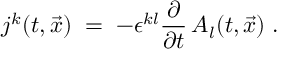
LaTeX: j ^ { k } ( t , { \vec { x } } ) \; = \; - \epsilon ^ { k l } \frac { \partial } { \partial t } \, A _ { l } ( t , { \vec { x } } ) \; .